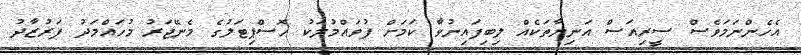
އެހެންނަމަވެސް ސީރިއަސް އަނިޔާތަކެއް ލިބިފައިނުވާ ކަމަށް ފުވައްމުލަކު ހޮސްޕިޓަލުގެ މެނޭޖަރު މުހައްމަދު ފަރުޒާދު